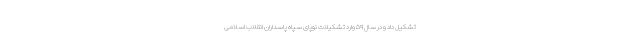
تشکیل داد و در سال ۵۹ وارد تشکیلات نوپای سپاه پاسداران انقلاب اسلامی